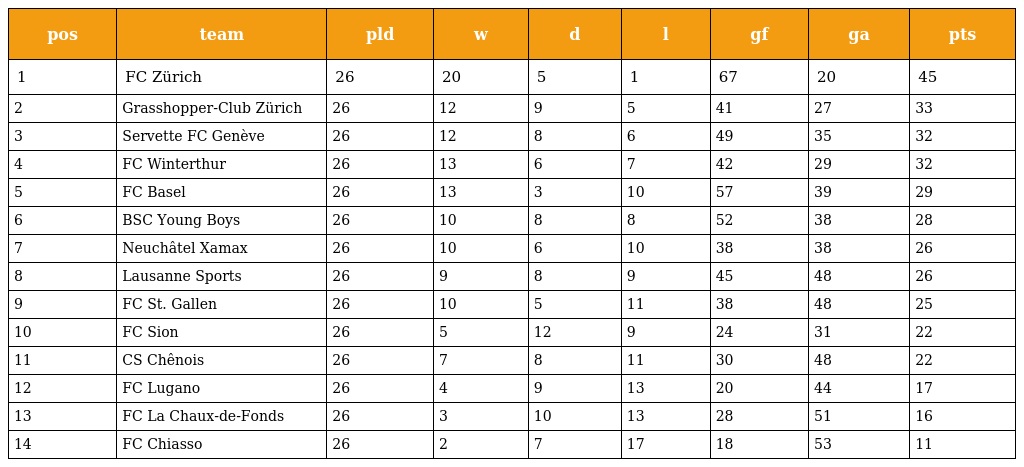
| pos | team | pld | w | d | l | gf | ga | pts |
 | --- | --- | --- | --- | --- | --- | --- | --- | --- |
 | 1 | FC Zürich | 26 | 20 | 5 | 1 | 67 | 20 | 45 |
 | 2 | Grasshopper-Club Zürich | 26 | 12 | 9 | 5 | 41 | 27 | 33 |
 | 3 | Servette FC Genève | 26 | 12 | 8 | 6 | 49 | 35 | 32 |
 | 4 | FC Winterthur | 26 | 13 | 6 | 7 | 42 | 29 | 32 |
 | 5 | FC Basel | 26 | 13 | 3 | 10 | 57 | 39 | 29 |
 | 6 | BSC Young Boys | 26 | 10 | 8 | 8 | 52 | 38 | 28 |
 | 7 | Neuchâtel Xamax | 26 | 10 | 6 | 10 | 38 | 38 | 26 |
 | 8 | Lausanne Sports | 26 | 9 | 8 | 9 | 45 | 48 | 26 |
 | 9 | FC St. Gallen | 26 | 10 | 5 | 11 | 38 | 48 | 25 |
 | 10 | FC Sion | 26 | 5 | 12 | 9 | 24 | 31 | 22 |
 | 11 | CS Chênois | 26 | 7 | 8 | 11 | 30 | 48 | 22 |
 | 12 | FC Lugano | 26 | 4 | 9 | 13 | 20 | 44 | 17 |
 | 13 | FC La Chaux-de-Fonds | 26 | 3 | 10 | 13 | 28 | 51 | 16 |
 | 14 | FC Chiasso | 26 | 2 | 7 | 17 | 18 | 53 | 11 |